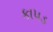
કાપડ